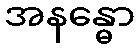
အနန္ဓော